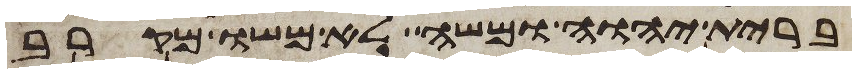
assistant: ברית יהוה ומשה לא משו מקרב